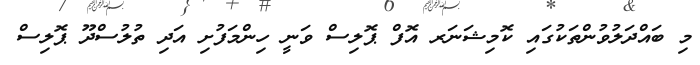
މި ބައްދަލުވުންތަކުގައި ކޮމިޝަނަރ އޮފް ޕޮލިސް ވަނީ ހިންމަފުށި އަދި ތުލުސްދޫ ޕޮލިސް